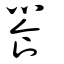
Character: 饗